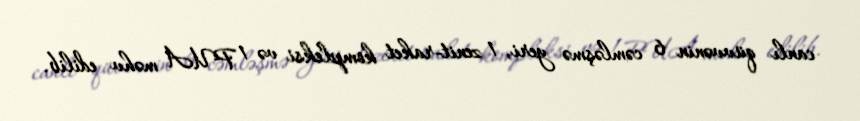
canlı qüvvənin 6 cəmləşmə yeri, 1 zenit-raket kompleksi və 1 PUA məhv edilib.